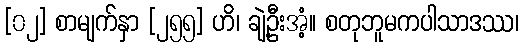
[၀၂] စာမျက်နှာ [၂၅၅] ဟိ၊ ချဲ့ဦးအံ့။ စတုဘူမကပါသာဒဿ၊